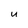
Character: U